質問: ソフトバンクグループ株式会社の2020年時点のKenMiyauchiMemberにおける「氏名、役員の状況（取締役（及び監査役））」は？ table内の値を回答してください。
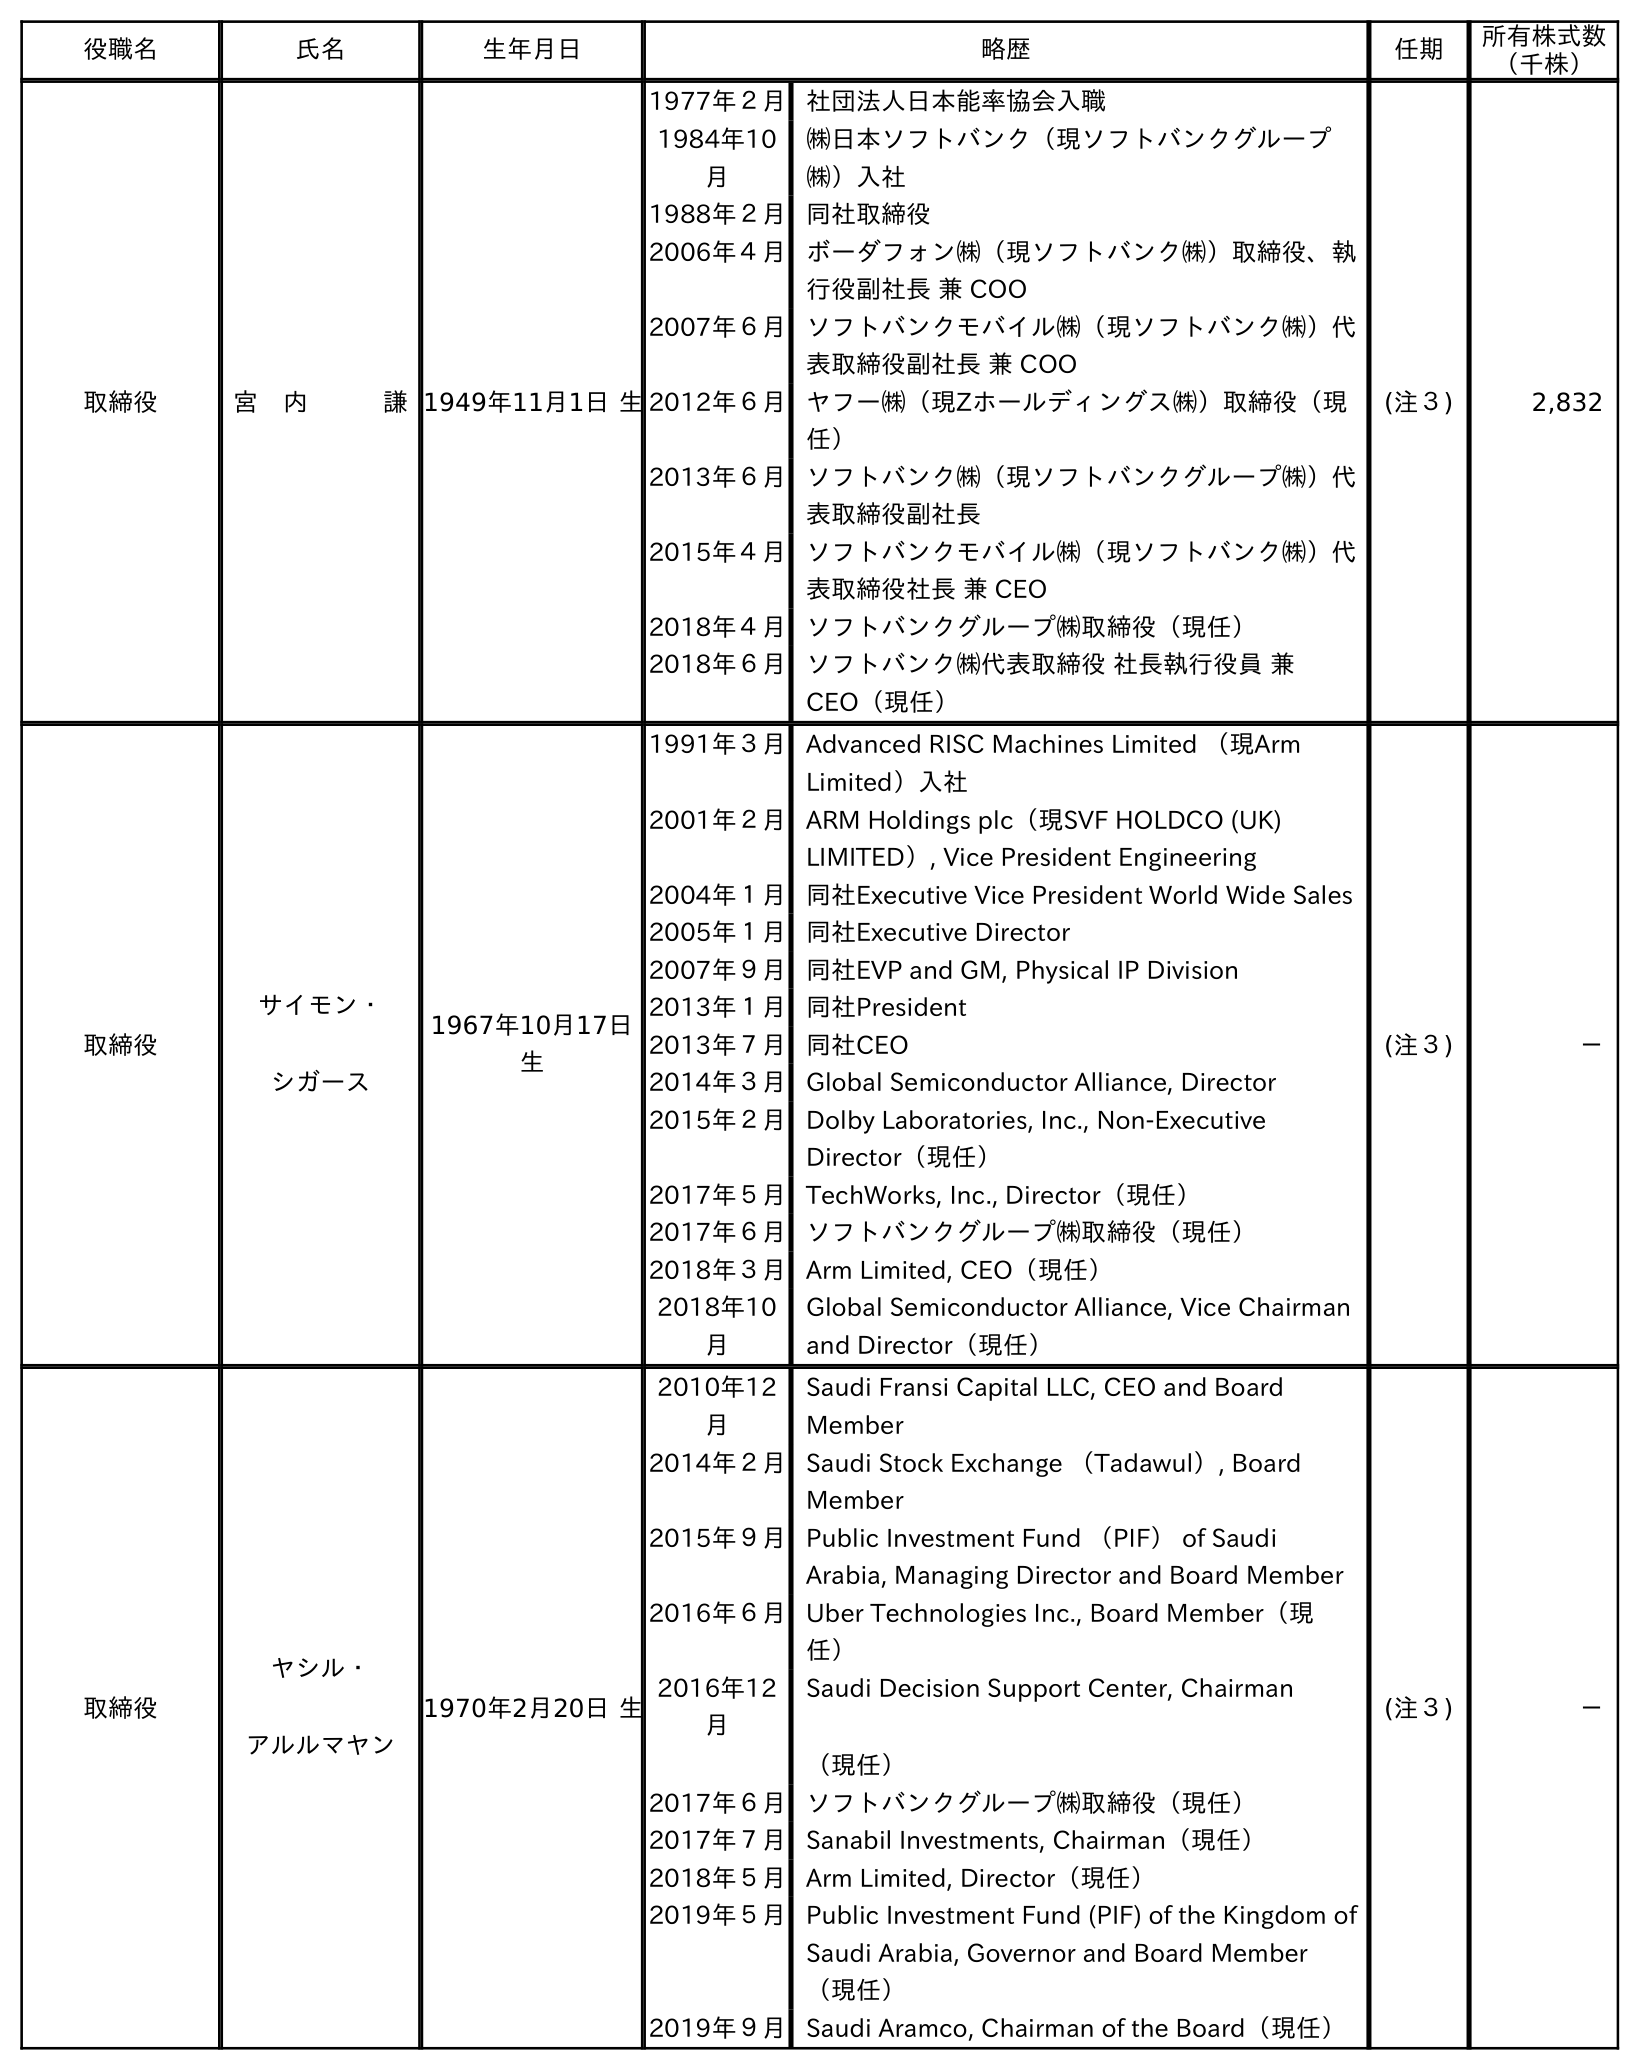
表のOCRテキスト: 役職名 氏名 生年月日 略歴 任期 所有株式数 （千株） 取締役 宮 内   謙1949年11月1日 生 1977年２月社団法人日本能率協会入職 1984年10 月 ㈱日本ソフトバンク（現ソフトバンクグループ ㈱）入社 1988年２月同社取締役 2006年４月ボーダフォン㈱（現ソフトバンク㈱）取締役、執 行役副社長 兼 COO 2007年６月ソフトバンクモバイル㈱（現ソフトバンク㈱）代 表取締役副社長 兼 COO 2012年６月ヤフー㈱（現Zホールディングス㈱）取締役（現 任） 2013年６月ソフトバンク㈱（現ソフトバンクグループ㈱）代 表取締役副社長 2015年４月ソフトバンクモバイル㈱（現ソフトバンク㈱）代 表取締役社長 兼 CEO 2018年４月ソフトバンクグループ㈱取締役（現任） 2018年６月ソフトバンク㈱代表取締役 社長執行役員 兼 CEO（現任） (注３) 2,832 取締役 サイモン・ シガース 1967年10月17日 生 1991年３月Advanced RISC Machines Limited （現Arm Limited）入社 2001年２月ARM Holdings plc（現SVF HOLDCO (UK) LIMITED）, Vice President Engineering 2004年１月同社Executive Vice President World Wide Sales 2005年１月同社Executive Director 2007年９月同社EVP and GM, Physical IP Division 2013年１月同社President 2013年７月同社CEO 2014年３月Global Semiconductor Alliance, Director 2015年２月Dolby Laboratories, Inc., Non-Executive Director（現任） 2017年５月TechWorks, Inc., Director（現任） 2017年６月ソフトバンクグループ㈱取締役（現任） 2018年３月Arm Limited, CEO（現任） 2018年10 月 Global Semiconductor Alliance, Vice Chairman and Director（現任） (注３) － 取締役 ヤシル・ アルルマヤン 1970年2月20日 生 2010年12 月 Saudi Fransi Capital LLC, CEO and Board Member 2014年２月Saudi Stock Exchange （Tadawul）, Board Member 2015年９月Public Investment Fund （PIF） of Saudi Arabia, Managing Director and Board Member 2016年６月Uber Technologies Inc., Board Member（現 任） 2016年12 月 Saudi Decision Support Center, Chairman （現任） 2017年６月ソフトバンクグループ㈱取締役（現任） 2017年７月Sanabil Investments, Chairman（現任） 2018年５月Arm Limited, Director（現任） 2019年５月Public Investment Fund (PIF) of the Kingdom of Saudi Arabia, Governor and Board Member （現任） 2019年９月Saudi Aramco, Chairman of the Board（現任） (注３) －
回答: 宮　内謙